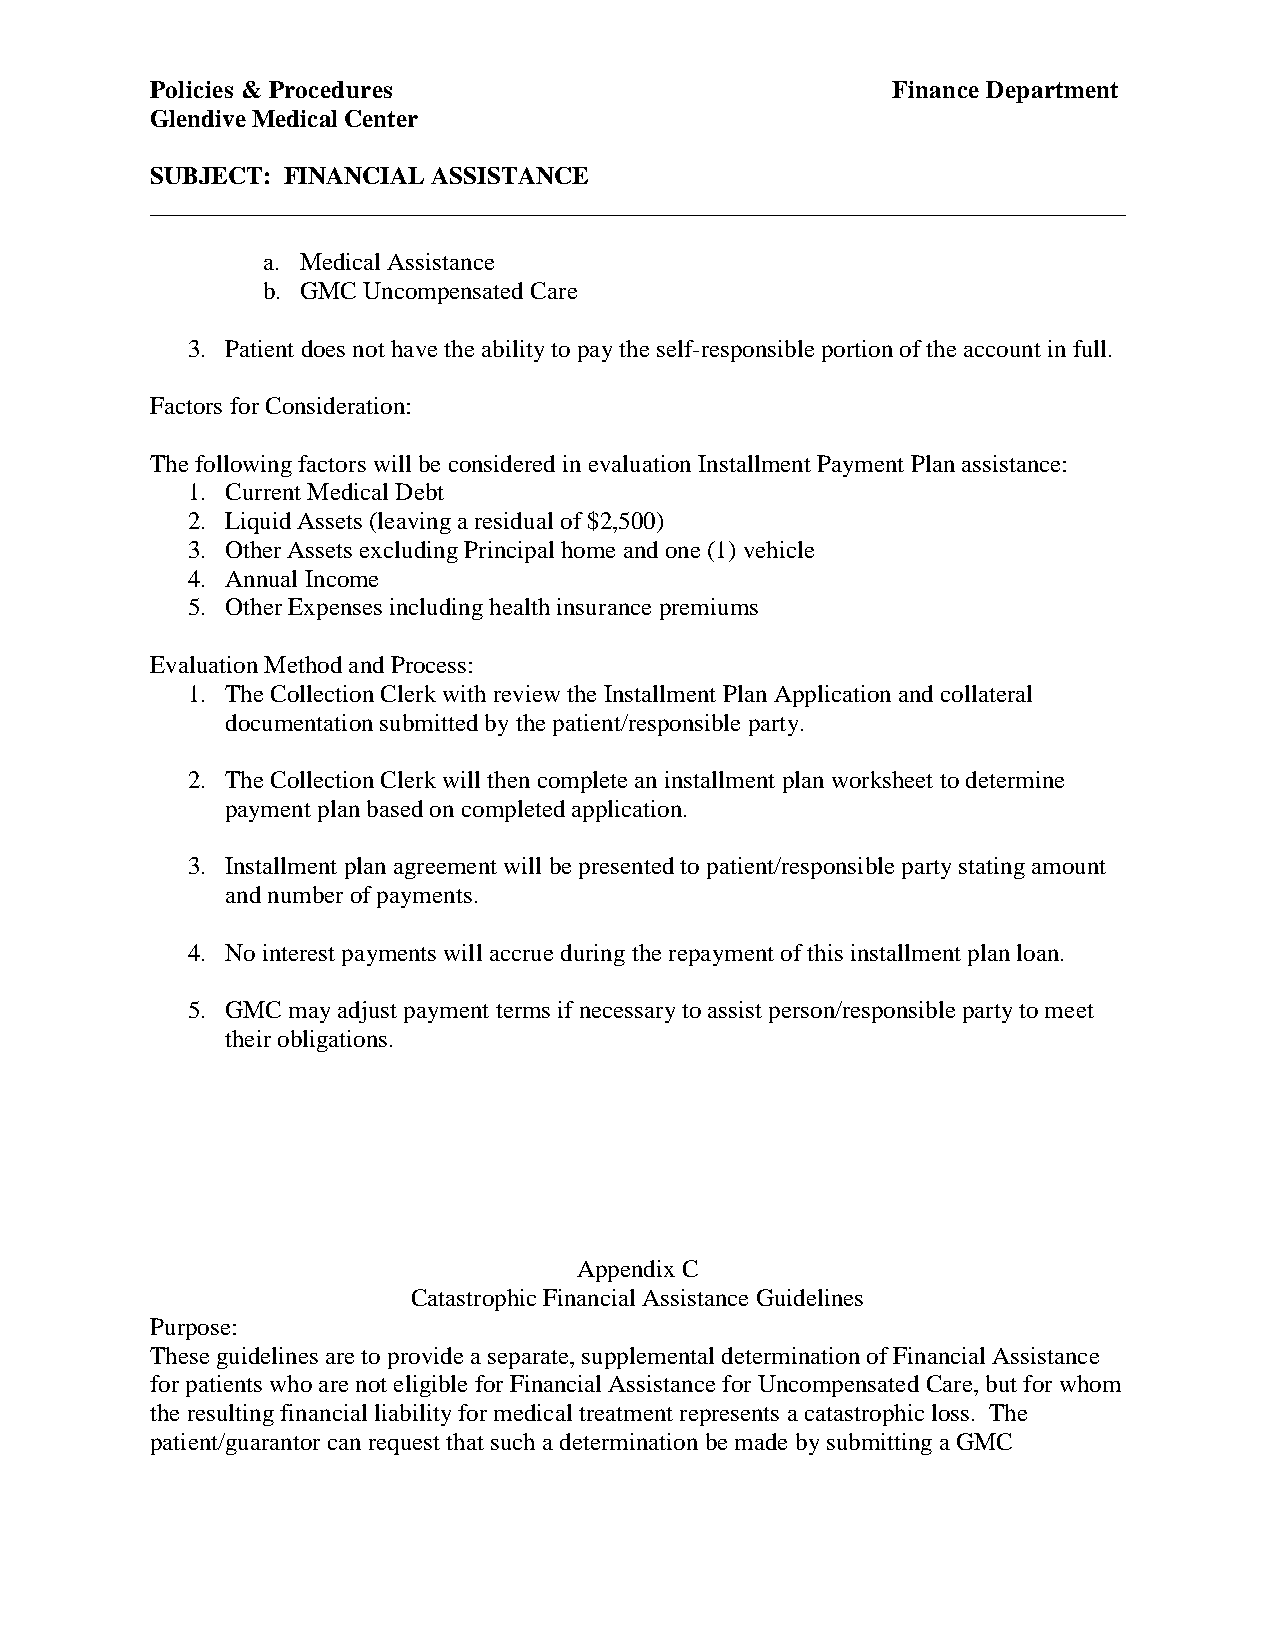
Policies & Procedures                            Finance Department
 Glendive Medical Center
 SUBJECT: FINANCIAL ASSISTANCE
 ______________________________________________________________________________
 a. Medical Assistance
 b. GMC Uncompensated Care
 3. Patient does not have the ability to pay the self-responsible portion of the account in full.
 Factors for Consideration:
 The following factors will be considered in evaluation Installment Payment Plan assistance:
 1. Current Medical Debt
 2. Liquid Assets (leaving a residual of $2,500)
 3. Other Assets excluding Principal home and one (1) vehicle
 4. Annual Income
 5. Other Expenses including health insurance premiums
 Evaluation Method and Process:
 1. The Collection Clerk with review the Installment Plan Application and collateral
 documentation submitted by the patient/responsible party.
 2. The Collection Clerk will then complete an installment plan worksheet to determine
 payment plan based on completed application.
 3. Installment plan agreement will be presented to patient/responsible party stating amount
 and number of payments.
 4. No interest payments will accrue during the repayment of this installment plan loan.
 5. GMC may adjust payment terms if necessary to assist person/responsible party to meet
 their obligations.
 Appendix C
 Catastrophic Financial Assistance Guidelines
 Purpose:
 These guidelines are to provide a separate, supplemental determination of Financial Assistance
 for patients who are not eligible for Financial Assistance for Uncompensated Care, but for whom
 the resulting financial liability for medical treatment represents a catastrophic loss. The
 patient/guarantor can request that such a determination be made by submitting a GMC